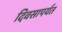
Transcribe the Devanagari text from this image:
दिवसापर्यत